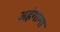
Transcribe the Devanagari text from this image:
अहंगामा